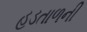
હડતાળની